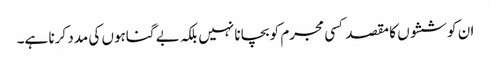
ان کوششوں کا مقصد کسی مجرم کو بچانا نہیں بلکہ بے گناہوں کی مدد کرنا ہے۔